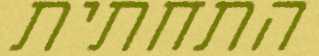
התחתית